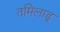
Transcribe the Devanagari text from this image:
तमिलाडू